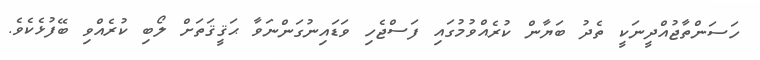
ހަސަންތާޖުއްދީނަކީ ތެދު ބަޔާން ކުރެއްވުމުގައި ފަސްޖެހި ވަޑައިނުގަންނަވާ ޙަޤީޤަތަށް ލޯބި ކުރެއްވި ބޭފުޅެކެވެ.